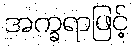
အက္ခရာဖြင့်